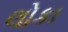
લોકા